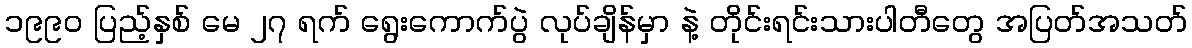
၁၉၉၀ ပြည့်နှစ် မေ ၂၇ ရက် ရွေးကောက်ပွဲ လုပ်ချိန်မှာ နဲ့ တိုင်းရင်းသားပါတီတွေ အပြတ်အသတ်